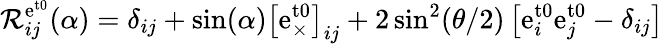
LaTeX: \mathcal{R}_{ij}^{\mathrm{e}^{\mathrm{t0}}}(\alpha)=\delta_{ij}+\sin(\alpha)\left[\mathrm{e}_{\times}^{\mathrm{t0}}\right]_{ij}+2\sin^{2}(\theta/2)\left[\mathrm{e}_{i}^{\mathrm{t0}}\mathrm{e}_{j}^{\mathrm{t0}}-\delta_{ij}\right]